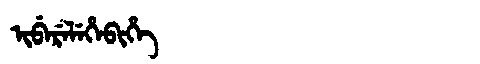
Manchu: ᡳᠪᡝᡵᡝᠯᡝᡥᡝᠪᡳᡥᡝ
Romanization: IBERELEHEBIHE